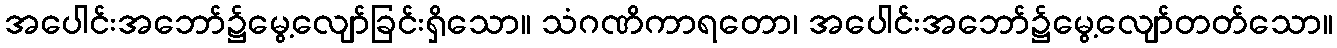
အပေါင်းအဘော်၌မွေ့လျော်ခြင်းရှိသော။ သံဂဏိကာရတော၊ အပေါင်းအဘော်၌မွေ့လျော်တတ်သော။